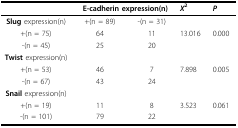
<table><thead><tr><td></td><td colspan="2"><b>E-cadherin expression(n)</b></td><td><b><i>X</i><sup>2</sup></b></td><td><b><i>P</i></b></td></tr></thead><tbody><tr><td><b>Slug </b>expression(n)</td><td>+(n = 89)</td><td>-(n = 31)</td><td></td><td></td></tr><tr><td>+(n = 75)</td><td>64</td><td>11</td><td>13.016</td><td>0.000</td></tr><tr><td>-(n = 45)</td><td>25</td><td>20</td><td></td><td></td></tr><tr><td><b>Twist </b>expression(n)</td><td></td><td></td><td></td><td></td></tr><tr><td>+(n = 53)</td><td>46</td><td>7</td><td>7.898</td><td>0.005</td></tr><tr><td>-(n = 67)</td><td>43</td><td>24</td><td></td><td></td></tr><tr><td><b>Snail </b>expression(n)</td><td></td><td></td><td></td><td></td></tr><tr><td>+(n = 19)</td><td>11</td><td>8</td><td>3.523</td><td>0.061</td></tr><tr><td>-(n = 101)</td><td>79</td><td>22</td><td></td><td></td></tr></tbody></table>